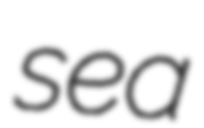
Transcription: sea